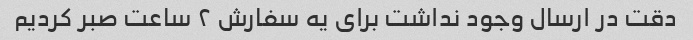
دقت در ارسال وجود نداشت برای یه سفارش ۲ ساعت صبر کردیم